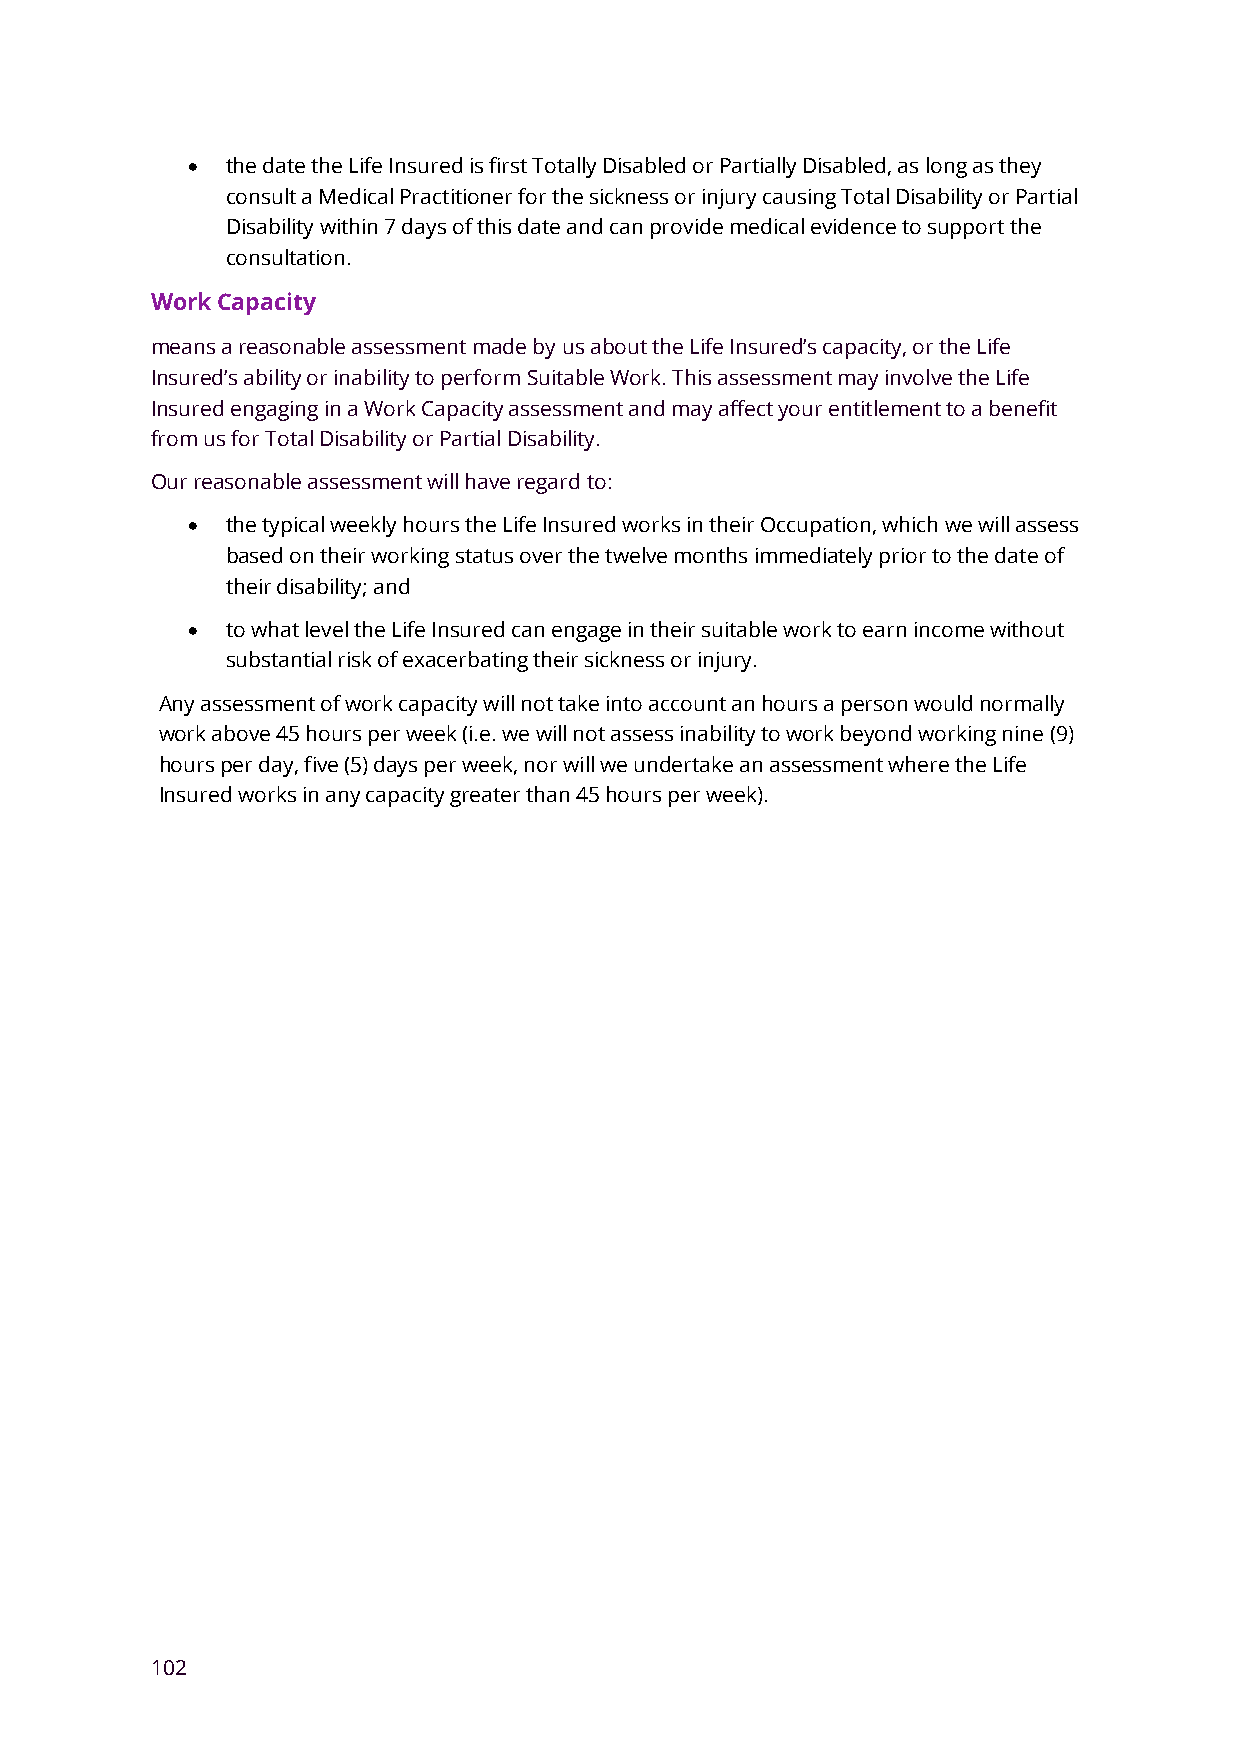
•  the date the Life Insured is first Totally Disabled or Partially Disabled, as long as they
 consult a Medical Practitioner for the sickness or injury causing Total Disability or Partial
 Disability within 7 days of this date and can provide medical evidence to support the
 consultation.
 Work Capacity
 means a reasonable assessment made by us about the Life Insured’s capacity, or the Life
 Insured’s ability or inability to perform Suitable Work. This assessment may involve the Life
 Insured engaging in a Work Capacity assessment and may affect your entitlement to a benefit
 from us for Total Disability or Partial Disability.
 Our reasonable assessment will have regard to:
 •  the typical weekly hours the Life Insured works in their Occupation, which we will assess
 based on their working status over the twelve months immediately prior to the date of
 their disability; and
 •  to what level the Life Insured can engage in their suitable work to earn income without
 substantial risk of exacerbating their sickness or injury.
 Any assessment of work capacity will not take into account an hours a person would normally
 work above 45 hours per week (i.e. we will not assess inability to work beyond working nine (9)
 hours per day, five (5) days per week, nor will we undertake an assessment where the Life
 Insured works in any capacity greater than 45 hours per week).
 102